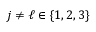
j \neq \ell \in \{ 1 , 2 , 3 \}